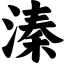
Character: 溱